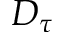
D _ { \tau }